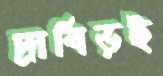
দ্রাবিড়ই